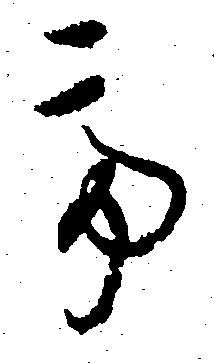
て